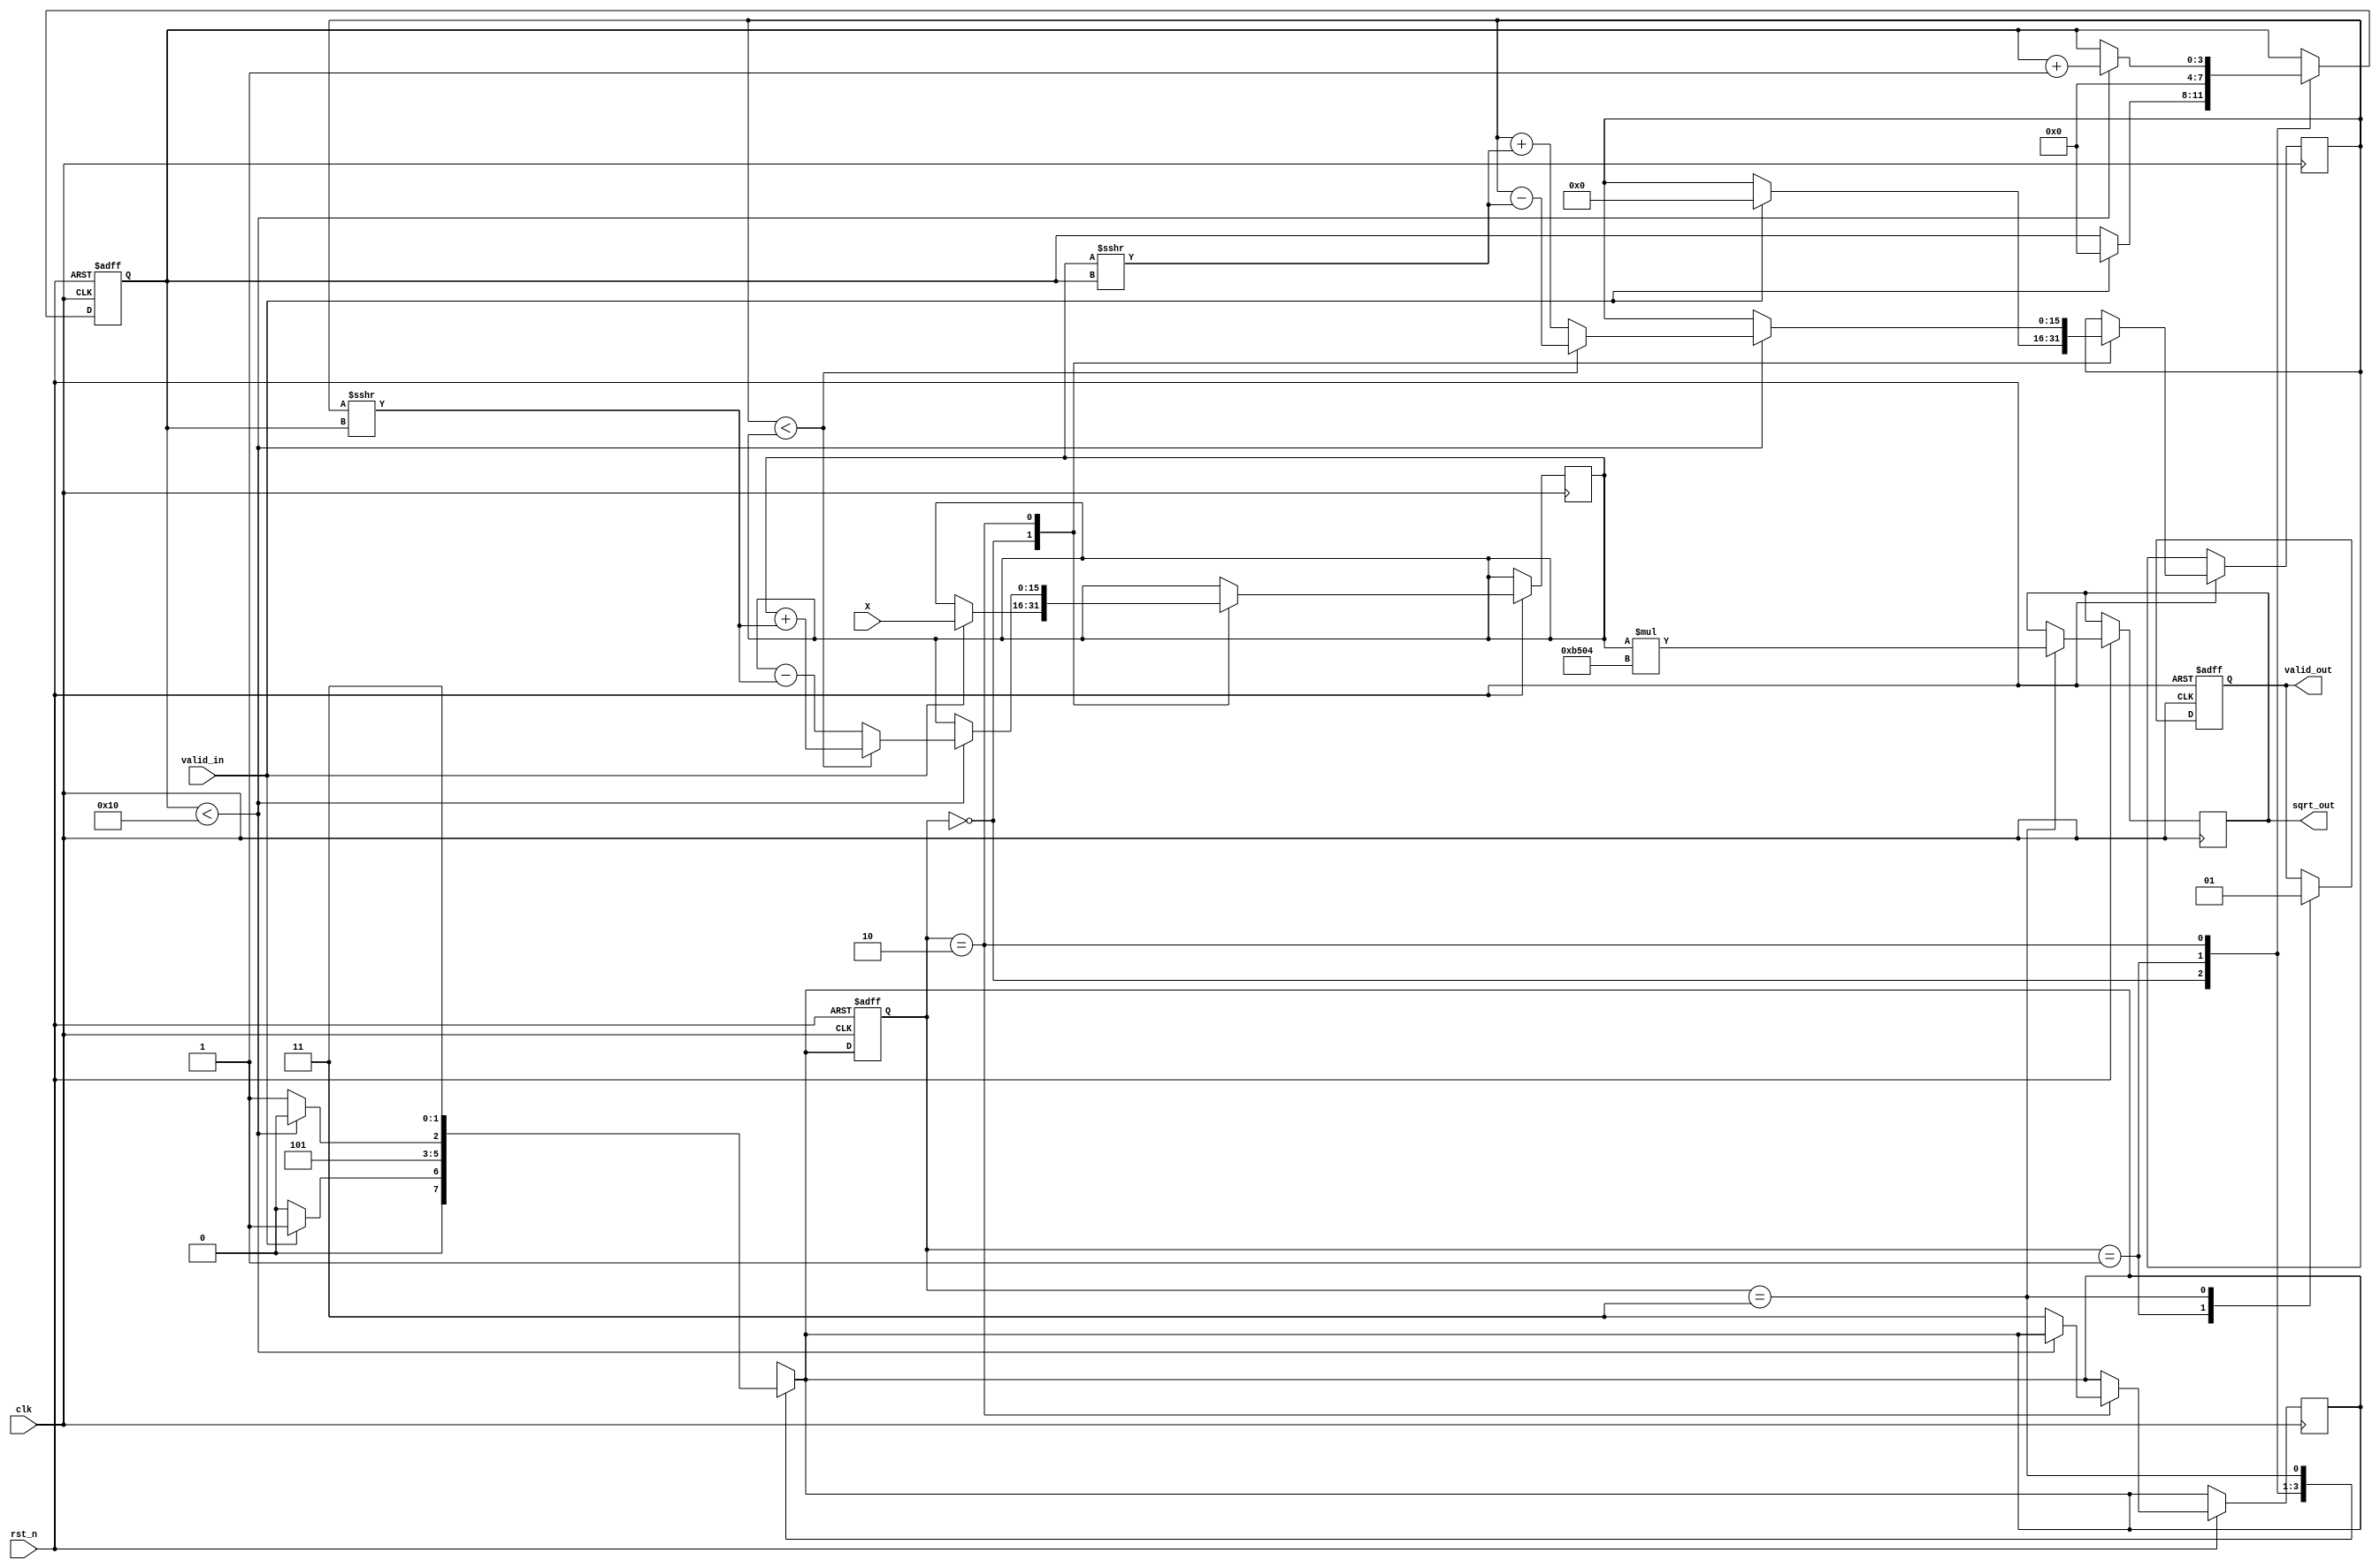
module cordic_sqrt(
    input wire clk,
    input wire rst_n,
    input wire valid_in,
    input wire [15:0] X, // 16-bit input value (X)
    output reg [15:0] sqrt_out, // 16-bit output value (sqrt(X))
    output reg valid_out // Output valid signal
);

    parameter WIDTH = 16; // Bit-width for input and output
    parameter MAX_ITER = 16; // Maximum number of iterations

    reg [WIDTH-1:0] x, y; // CORDIC vector
    reg [WIDTH-1:0] z; // Angle approximation
    reg [3:0] iter; // Iteration counter
    reg [1:0] state; // FSM State
    reg [1:0] next_state;

    localparam IDLE = 2'b00;
    localparam INIT = 2'b01;
    localparam ITERATE = 2'b10;
    localparam DONE = 2'b11;

    // CORDIC gain (approximation for sqrt(1/2))
    reg [WIDTH-1:0] K = 16'hB504; // Fixed-point approximation for 1/sqrt(2)

    // Angle values for rotations
    reg [WIDTH-1:0] angles[0:MAX_ITER-1];
    
    // Initialize angles for CORDIC
    initial begin
        angles[0] = 16'h0000;
        angles[1] = 16'h26E3; // atan(1/2^1)
        angles[2] = 16'h1DAC; // atan(1/2^2)
        angles[3] = 16'h1C71; // atan(1/2^3)
        angles[4] = 16'h1A8D; // atan(1/2^4)
        angles[5] = 16'h194C; // atan(1/2^5)
        angles[6] = 16'h182F; // atan(1/2^6)
        angles[7] = 16'h178B; // atan(1/2^7)
        angles[8] = 16'h171B; // atan(1/2^8)
        angles[9] = 16'h16D4; // atan(1/2^9)
        angles[10] = 16'h16A1; // atan(1/2^10)
        angles[11] = 16'h1676; // atan(1/2^11)
        angles[12] = 16'h1654; // atan(1/2^12)
        angles[13] = 16'h1635; // atan(1/2^13)
        angles[14] = 16'h1620; // atan(1/2^14)
        angles[15] = 16'h1610; // atan(1/2^15)
    end

    // FSM process
    always @(posedge clk or negedge rst_n) begin
        if (!rst_n) begin
            state <= IDLE;
            iter <= 0;
            valid_out <= 0;
        end else begin
            state <= next_state;
            case (state)
                IDLE: begin
                    if (valid_in) begin
                        x <= X; // Initialize x with input value
                        y <= 0; // Initialize y
                        z <= 16'h0000; // Initialize z (angle)
                        iter <= 0;
                    end
                end

                INIT: begin
                    // Prepare for iterations
                    valid_out <= 0;
                    iter <= 0;
                end

                ITERATE: begin
                    if (iter < MAX_ITER) begin
                        if (y < x) begin
                            // Rotate counterclockwise
                            x <= x + (y >>> iter);
                            y <= y - (x >>> iter);
                            z <= z + angles[iter];
                        end else begin
                            // Rotate clockwise
                            x <= x - (y >>> iter);
                            y <= y + (x >>> iter);
                            z <= z - angles[iter];
                        end
                        iter <= iter + 1;
                    end else begin
                        next_state <= DONE; // Go to done state
                    end
                end

                DONE: begin
                    sqrt_out <= x * K; // Scale the result
                    valid_out <= 1; // Indicate output is valid
                end
            endcase
        end
    end

    // Next state logic
    always @(*) begin
        case (state)
            IDLE: next_state = valid_in ? INIT : IDLE;
            INIT: next_state = ITERATE;
            ITERATE: next_state = (iter < MAX_ITER) ? ITERATE : DONE;
            DONE: next_state = DONE;
            default: next_state = IDLE;
        endcase
    end
endmodule